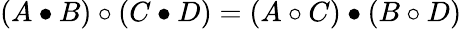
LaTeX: (A\bullet B)\circ(C\bullet D)=(A\circ C)\bullet(B\circ D)